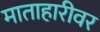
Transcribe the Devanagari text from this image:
माताहारीवर